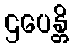
ဌပေန္တိ